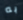
به